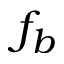
f _ { b }